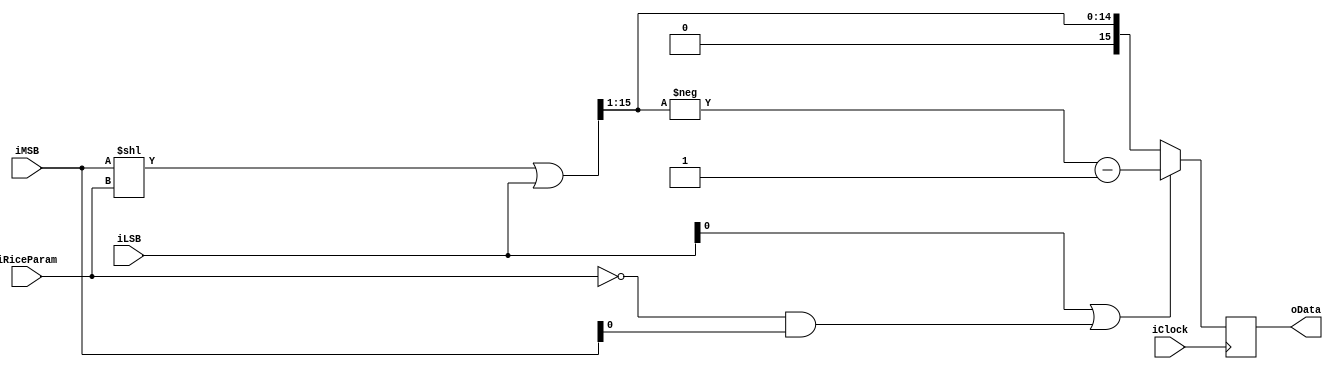
module RiceDecoder(input iClock, 
						 input [15:0] iMSB, 
						 input [15:0] iLSB, 
						 input [3:0] iRiceParam, 
						 output signed [15:0] oData);

reg signed [15:0] data;
assign oData = data;

always @(posedge iClock)
begin
    if (iLSB[0] || (iRiceParam == 0 && iMSB[0]))
		data <= -(((iMSB << iRiceParam) | iLSB) >> 1'b1) - 1'b1;
	else
		data <= ((iMSB << iRiceParam) | iLSB) >> 1'b1;
end
endmodule